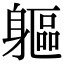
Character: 軀